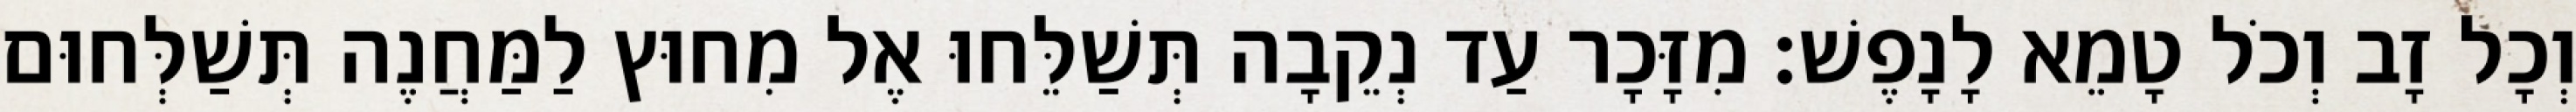
וְכָל זָב וְכֹל טָמֵא לָנָפֶשׁ׃ מִזָּכָר עַד נְקֵבָה תְּשַׁלֵּחוּ אֶל מִחוּץ לַמַּחֲנֶה תְּשַׁלְּחוּם